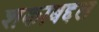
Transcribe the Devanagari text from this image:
शकाबद्दल